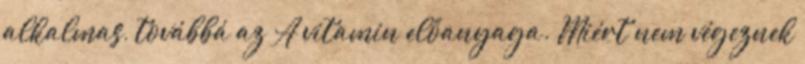
alkalmas, továbbá az A vitamin előanyaga. Miért nem végeznek